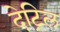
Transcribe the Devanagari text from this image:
देट्रिल